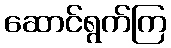
ဆောင်ရွက်ကြ